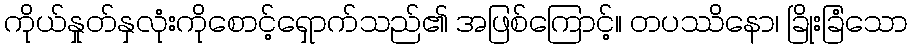
ကိုယ်နှုတ်နှလုံးကိုစောင့်ရှောက်သည်၏ အဖြစ်ကြောင့်။ တပဿိနော၊ ခြိုးခြံသော